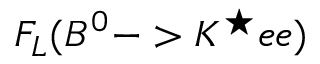
F _ { L } ( B ^ { 0 } - > K ^ { \star } e e )